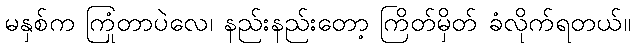
မနှစ်က ကြုံတာပဲလေ၊ နည်းနည်းတော့ ကြိတ်မှိတ် ခံလိုက်ရတယ်။